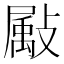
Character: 𫿗